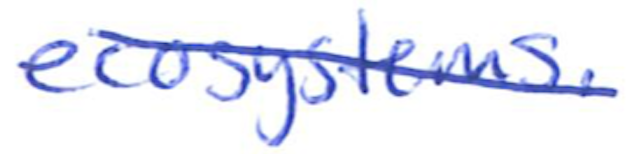
Text: ecosystems.
Cross-out: diagonal
Writing tool: ballpoint